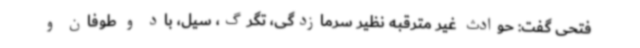
فتحی گفت: حوادث غیر مترقبه نظیر سرمازدگی، تگرگ، سیل، باد و طوفان و